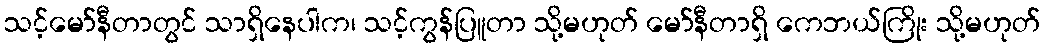
သင့်မော်နီတာတွင် သာရှိနေပါက၊ သင့်ကွန်ပြူတာ သို့မဟုတ် မော်နီတာရှိ ကေဘယ်ကြိုး သို့မဟုတ်